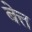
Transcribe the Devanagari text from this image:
बेत्त